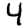
Digit: 4